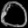
Digit: ၀